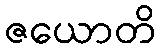
ဇယောတိ